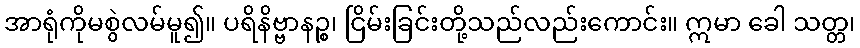
အာရုံကိုမစွဲလမ်မူ၍။ ပရိနိဗ္ဗာနဉ္စ၊ ငြိမ်းခြင်းတို့သည်လည်းကောင်း။ ဣမာ ခေါ သတ္တ၊